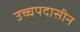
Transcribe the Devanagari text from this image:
उच्चपदासीन